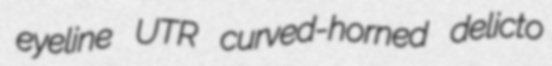
eyeline UTR curved-horned delicto